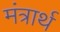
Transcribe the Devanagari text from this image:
मंत्रार्थ